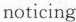
noticing